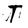
Character: T